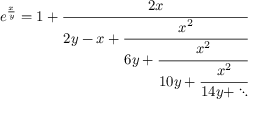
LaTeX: e ^ { \frac { x } { y } } = 1 + { \cfrac { 2 x } { 2 y - x + { \cfrac { x ^ { 2 } } { 6 y + { \cfrac { x ^ { 2 } } { 1 0 y + { \cfrac { x ^ { 2 } } { 1 4 y + \ddots } } } } } } } }